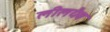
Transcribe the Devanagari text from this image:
लीलयैव